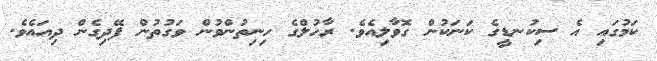
ކަމުގައި އެ ސިކުނޑީގެ ކަނަކުން ގޮވާލިއެވެ. ރާހުލްގެ ހިނިތުންވުން ވަގުތުން ފޭދިގެން ދިއައެވެ.